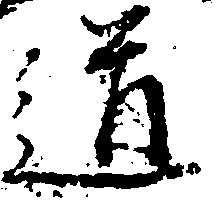
道